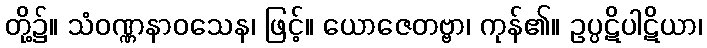
တို့၌။ သံဝဏ္ဏနာဝသေန၊ ဖြင့်။ ယောဇေတဗ္ဗာ၊ ကုန်၏။ ဥပ္ပဋိပါဋိယာ၊